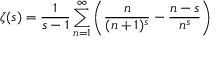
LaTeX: \zeta ( s ) = { \frac { 1 } { s - 1 } } \sum _ { n = 1 } ^ { \infty } \left( { \frac { n } { ( n + 1 ) ^ { s } } } - { \frac { n - s } { n ^ { s } } } \right)